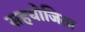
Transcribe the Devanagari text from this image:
सहयोजिता